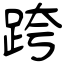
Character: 跨